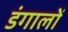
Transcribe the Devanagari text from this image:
डंगालों